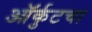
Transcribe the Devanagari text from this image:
ऑर्कुटचा